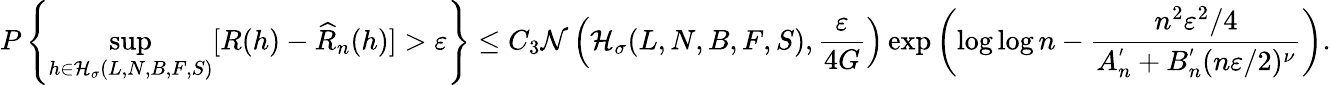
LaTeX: P\left\{ \underset{h\in\mathcal{H}_{\sigma}(L,N,B,F,S)}{\operatorname*{sup}}[R(h)-\widehat{R}_{n}(h)]>\varepsilon\right\} \leq C_{3}\mathcal{N}\left(\mathcal{H}_{\sigma}(L,N,B,F,S),\frac{\varepsilon}{4G}\right)\exp\left(\log\log n-\frac{n^{2}\varepsilon^{2}/4}{A_{n}^{'}+B_{n}^{'}(n\varepsilon/2)^{\nu}}\right).